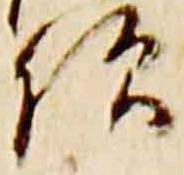
僧